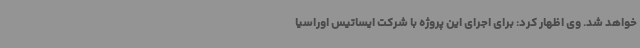
خواهد شد. وی اظهار کرد: برای اجرای این پروژه با شرکت ایساتیس اوراسیا